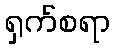
ရှက်စရာ